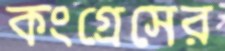
কংগ্রেসের